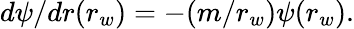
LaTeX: d\psi/dr(r_{w})=-(m/r_{w})\psi(r_{w}).